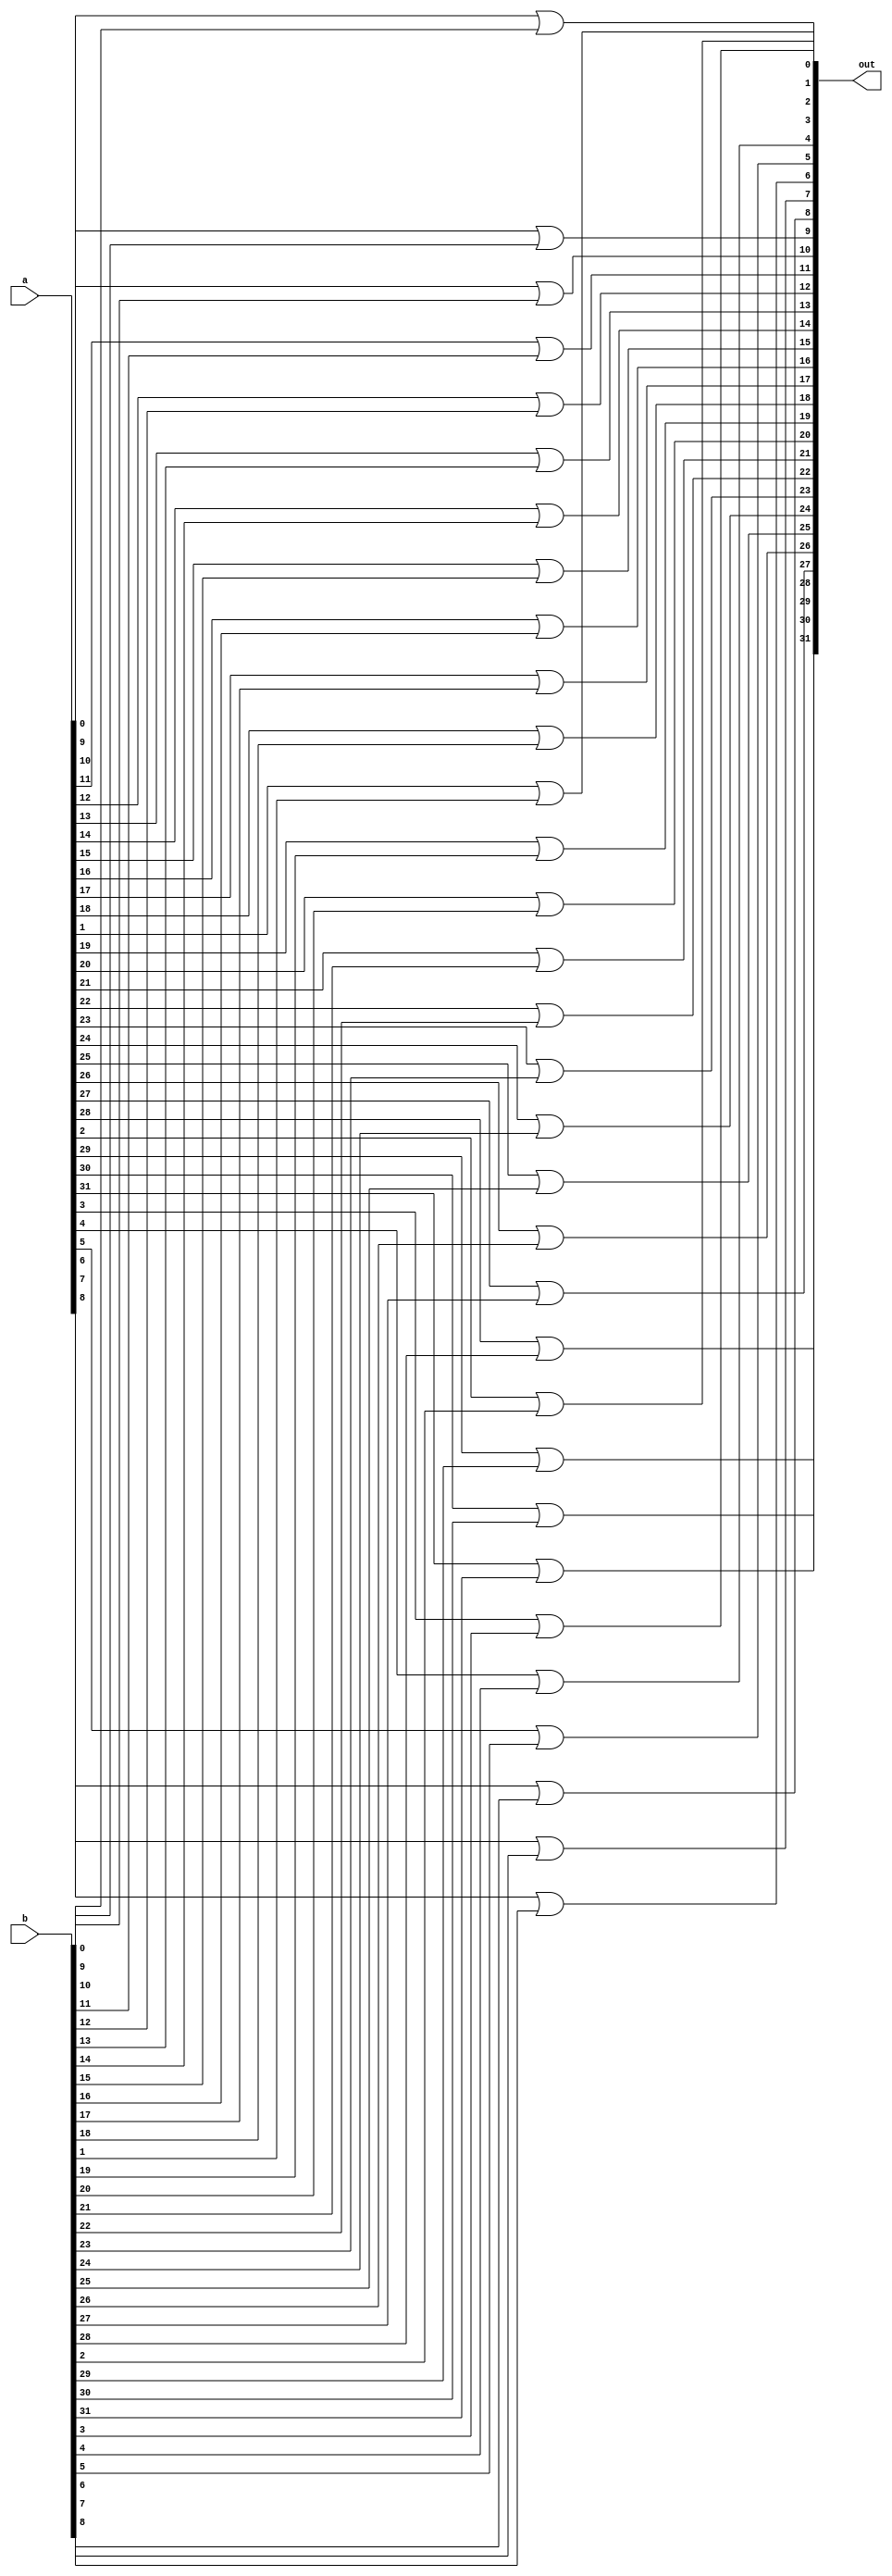
module bitwise_or(a, b, out);
	input [31:0] a, b;
	output [31:0] out;
	genvar c;
	generate
		for(c = 0; c < 32; c = c +1) begin: loop1
			or(out[c], a[c], b[c]);
		end
	endgenerate
endmodule